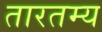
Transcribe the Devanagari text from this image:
तारतम्‍य